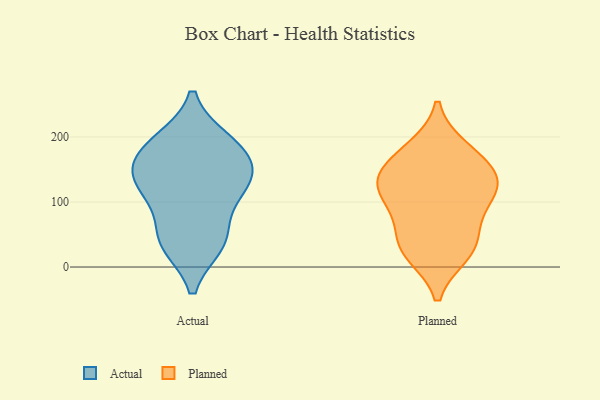
{"axis": {"x": "Latency (ms)", "y": "Value"}, "legend": ["Actual", "Planned"], "data": [{"x": "", "y": 109, "type": "Actual"}, {"x": "", "y": 47, "type": "Actual"}, {"x": "", "y": 127, "type": "Actual"}, {"x": "", "y": 122, "type": "Actual"}, {"x": "", "y": 175, "type": "Actual"}, {"x": "", "y": 191, "type": "Actual"}, {"x": "", "y": 36, "type": "Actual"}, {"x": "", "y": 193, "type": "Actual"}, {"x": "", "y": 39, "type": "Actual"}, {"x": "", "y": 153, "type": "Actual"}, {"x": "", "y": 147, "type": "Actual"}, {"x": "", "y": 182, "type": "Planned"}, {"x": "", "y": 131, "type": "Planned"}, {"x": "", "y": 97, "type": "Planned"}, {"x": "", "y": 134, "type": "Planned"}, {"x": "", "y": 104, "type": "Planned"}, {"x": "", "y": 128, "type": "Planned"}, {"x": "", "y": 174, "type": "Planned"}, {"x": "", "y": 63, "type": "Planned"}, {"x": "", "y": 29, "type": "Planned"}, {"x": "", "y": 30, "type": "Planned"}, {"x": "", "y": 21, "type": "Planned"}, {"x": "", "y": 146, "type": "Planned"}]}